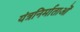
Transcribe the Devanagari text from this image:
यंत्रनिर्माताओं